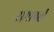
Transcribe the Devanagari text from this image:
समापत्ती